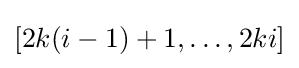
[2k(i-1)+1,\dots ,2ki]